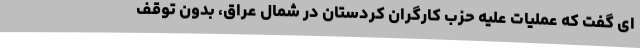
ای گفت که عملیات علیه حزب کارگران کردستان در شمال عراق، بدون توقف